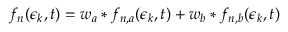
f _ { n } ( \epsilon _ { k } , t ) = w _ { a } * f _ { n , a } ( \epsilon _ { k } , t ) + w _ { b } * f _ { n , b } ( \epsilon _ { k } , t )